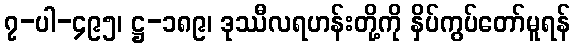
၇-ပါ-၄၉၅၊ ဋ္ဌ-၁၈၉၊ ဒုဿီလရဟန်းတို့ကို နှိပ်ကွပ်တော်မူရန်